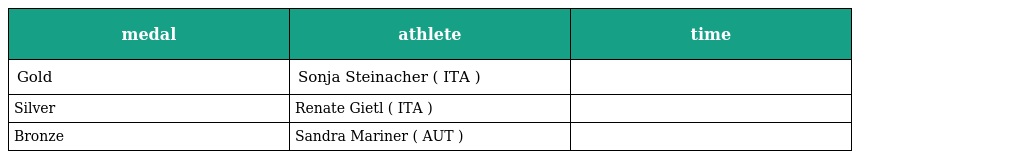
| medal | athlete | time |
 | --- | --- | --- |
 | Gold | Sonja Steinacher ( ITA ) |  |
 | Silver | Renate Gietl ( ITA ) |  |
 | Bronze | Sandra Mariner ( AUT ) |  |